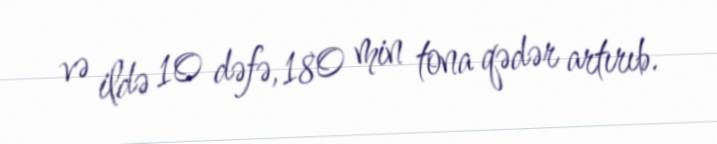
və ildə 10 dəfə, 180 min tona qədər artırıb.